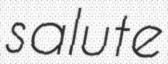
salute